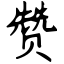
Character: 赞